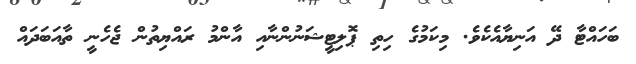
ބަހައްްޓާ ދޭ އަނިޔާއެކެވެ. މިކަމުގެ ހިތި ޕޮލިޓީޝަނުންނާއި އާންމު ރައްޔިތުން ޖެހެނީ ތާއަބަދައް